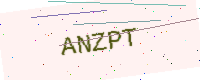
Text: ANZPT